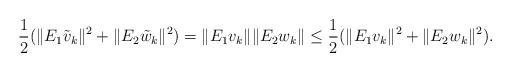
LaTeX: \begin{align*} \frac{1}{2} (\|E_1 \tilde v_k\|^2 + \|E_2 \tilde w_k\|^2) = \|E_1v_k\| \|E_2 w_k\| \leq \frac{1}{2} (\|E_1 v_k\|^2 + \|E_2 w_k\|^2).\end{align*}